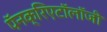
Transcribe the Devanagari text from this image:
पॅनक्रिएटॉलॉजी